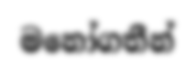
මනෝගතීන්